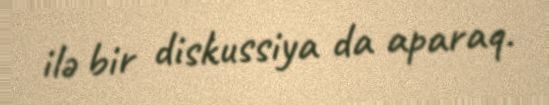
ilə bir diskussiya da aparaq.